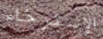
الإسترخاء